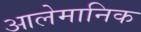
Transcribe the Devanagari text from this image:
आलेमानिक